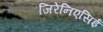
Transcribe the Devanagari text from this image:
जिरेनिएसिई